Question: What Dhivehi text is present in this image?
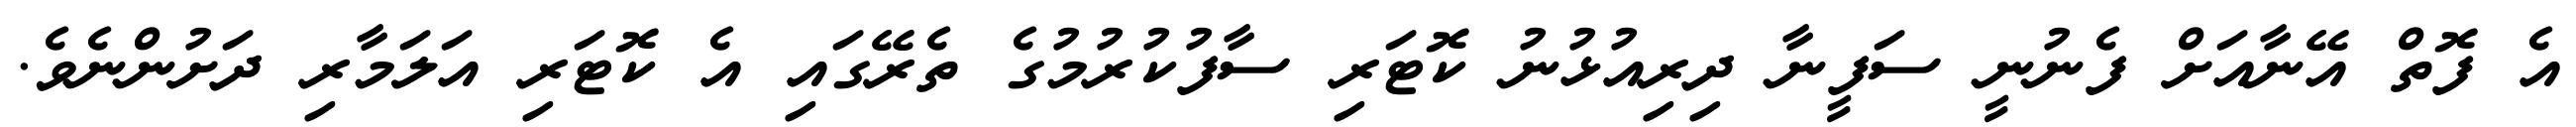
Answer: އެ ފޮތް އޭނާއަށް ފެނުނީ ސަފީނާ ދިރިއުޅުނު ކޮޓަރި ސާފުކުރުމުގެ ތެރޭގައި އެ ކޮޓަރި އަލަމާރި ދަށުންނެވެ.